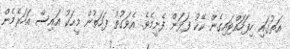
އަތުގައި ހިފަހައްޓައިގެން ކޭކު ފަޅަން ފެށީމެވެ. އެވަގުތު ފަހަތުން މީހަކު އައިސް އަހަރެމެން